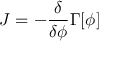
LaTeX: J = - { \frac { \delta } { \delta \phi } } \Gamma [ \phi ]